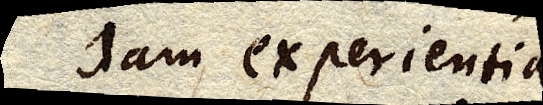
Jam experientia